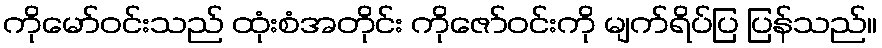
ကိုမော်ဝင်းသည် ထုံးစံအတိုင်း ကိုဇော်ဝင်းကို မျက်ရိပ်ပြ ပြန်သည်။